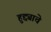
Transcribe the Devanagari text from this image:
हुद्द्याचे